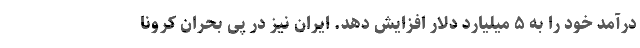
درآمد خود را به ۵ میلیارد دلار افزایش دهد. ایران نیز در پی بحران کرونا